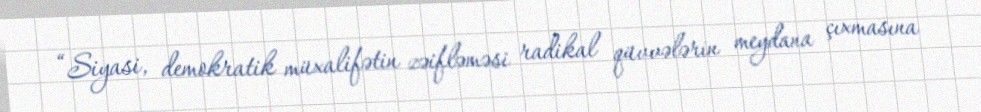
“Siyasi, demokratik müxalifətin zəifləməsi radikal qüvvələrin meydana çıxmasına